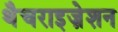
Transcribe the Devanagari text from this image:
थैचराइज़ेशन